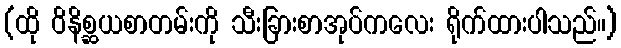
(ထို ဝိနိစ္ဆယစာတမ်းကို သီးခြားစာအုပ်ကလေး ရိုက်ထားပါသည်။)